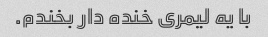
با یه لیمری خنده دار بخندم.